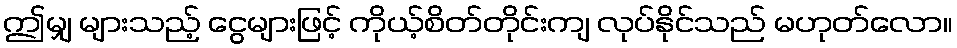
ဤမျှ များသည့် ငွေများဖြင့် ကိုယ့်စိတ်တိုင်းကျ လုပ်နိုင်သည် မဟုတ်လော။